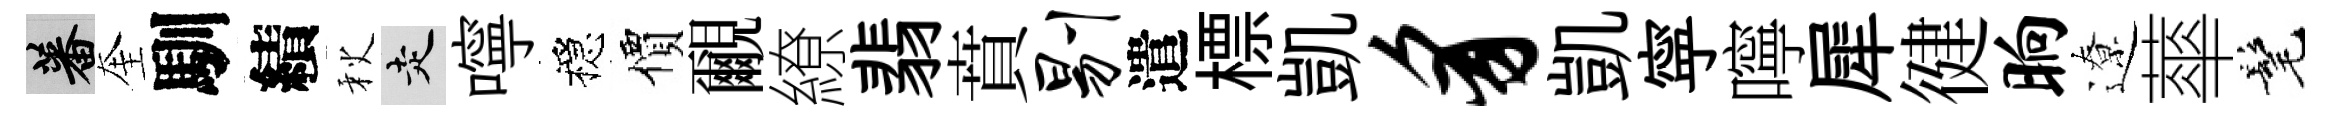
蕃奎馴績秋走嚀穩價覼繚翡賁剔遣標凱豸凱寜嚀犀徤晌遼蕐髦